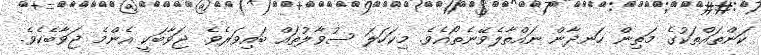
ކަންތައްތަކުގެ މަތިން ހަނދާން ނައްތާލެވޭނެތޯއެވެ. މިކަހަލަ ސުވާލުތައް ބައިވަރެވެ. ޖަވާބަކީ އެންމެ ޖަވާބެކެވެ.